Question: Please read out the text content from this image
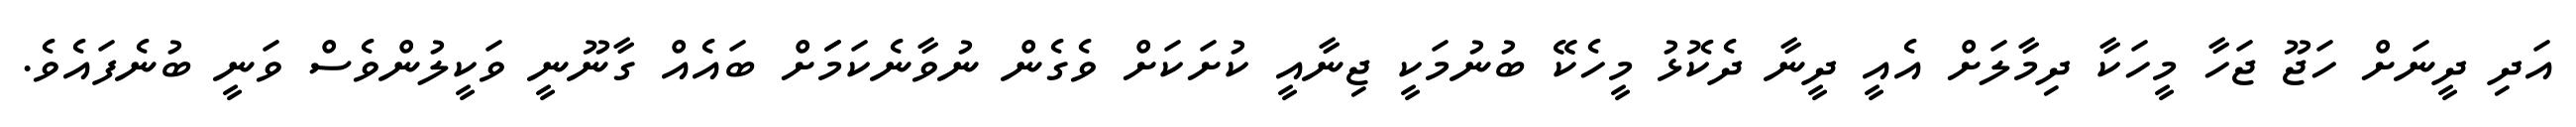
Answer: އަދި ދީނަށް ހަޖޫ ޖަހާ މީހަކާ ދިމާލަށް އެއީ ދީނާ ދެކޮޅު މީހެކޭ ބުނުމަކީ ޖިނާއީ ކުށަކަށް ވެގެން ނުވާނެކަމަަށް ބައެއް ގާނޫނީ ވަކީލުންވެސް ވަނީ ބުނެފައެވެ.